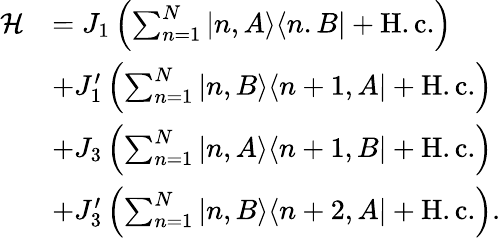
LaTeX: \begin{array}{rl}{\mathcal{H}}&{=J_{1}\left(\sum_{n=1}^{N}|n,A\rangle\langle n.B|+\mathrm{H.c.}\right)}\\ &{+J_{1}^{\prime}\left(\sum_{n=1}^{N}|n,B\rangle\langle n+1,A|+\mathrm{H.c.}\right)}\\ &{+J_{3}\left(\sum_{n=1}^{N}|n,A\rangle\langle n+1,B|+\mathrm{H.c.}\right)}\\ &{+J_{3}^{\prime}\left(\sum_{n=1}^{N}|n,B\rangle\langle n+2,A|+\mathrm{H.c.}\right).}\end{array}